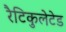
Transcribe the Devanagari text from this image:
रैटिकुलेटेड